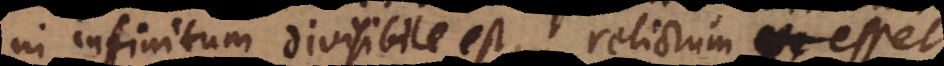
in infinitum divisibile est, relictum esset